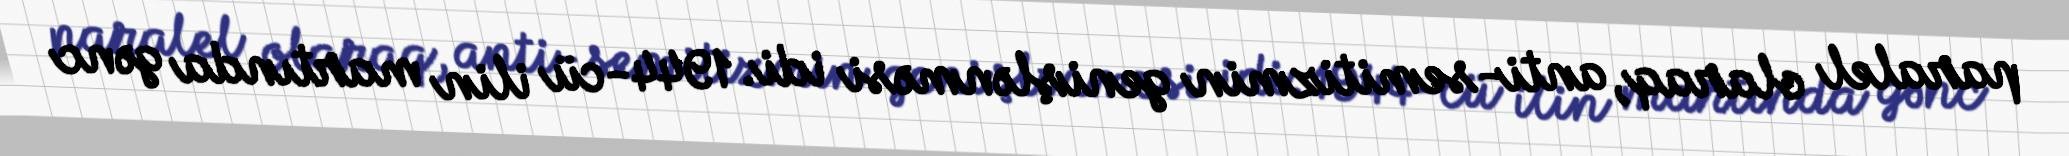
paralel olaraq, anti-semitizmin genişlənməsi idi. 1944-cü ilin martında gənc